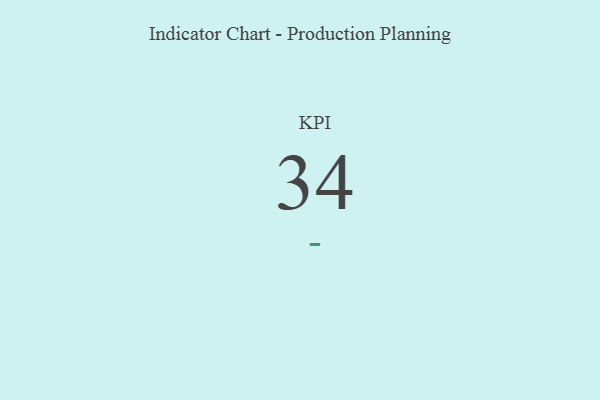
{"axis": {"x": "KPI", "y": "Value"}, "legend": [""], "data": [{"x": "KPI", "y": 34, "type": ""}]}